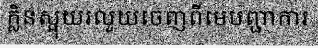
ក្លិនស្អុយរលួយចេញពីមេបញ្ជាការ